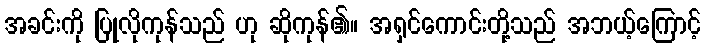
အခင်းကို ပြုလိုကုန်သည် ဟု ဆိုကုန်၏။ အရှင်ကောင်းတို့သည် အဘယ့်ကြောင့်